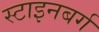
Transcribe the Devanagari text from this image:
स्टाइनबर्ग